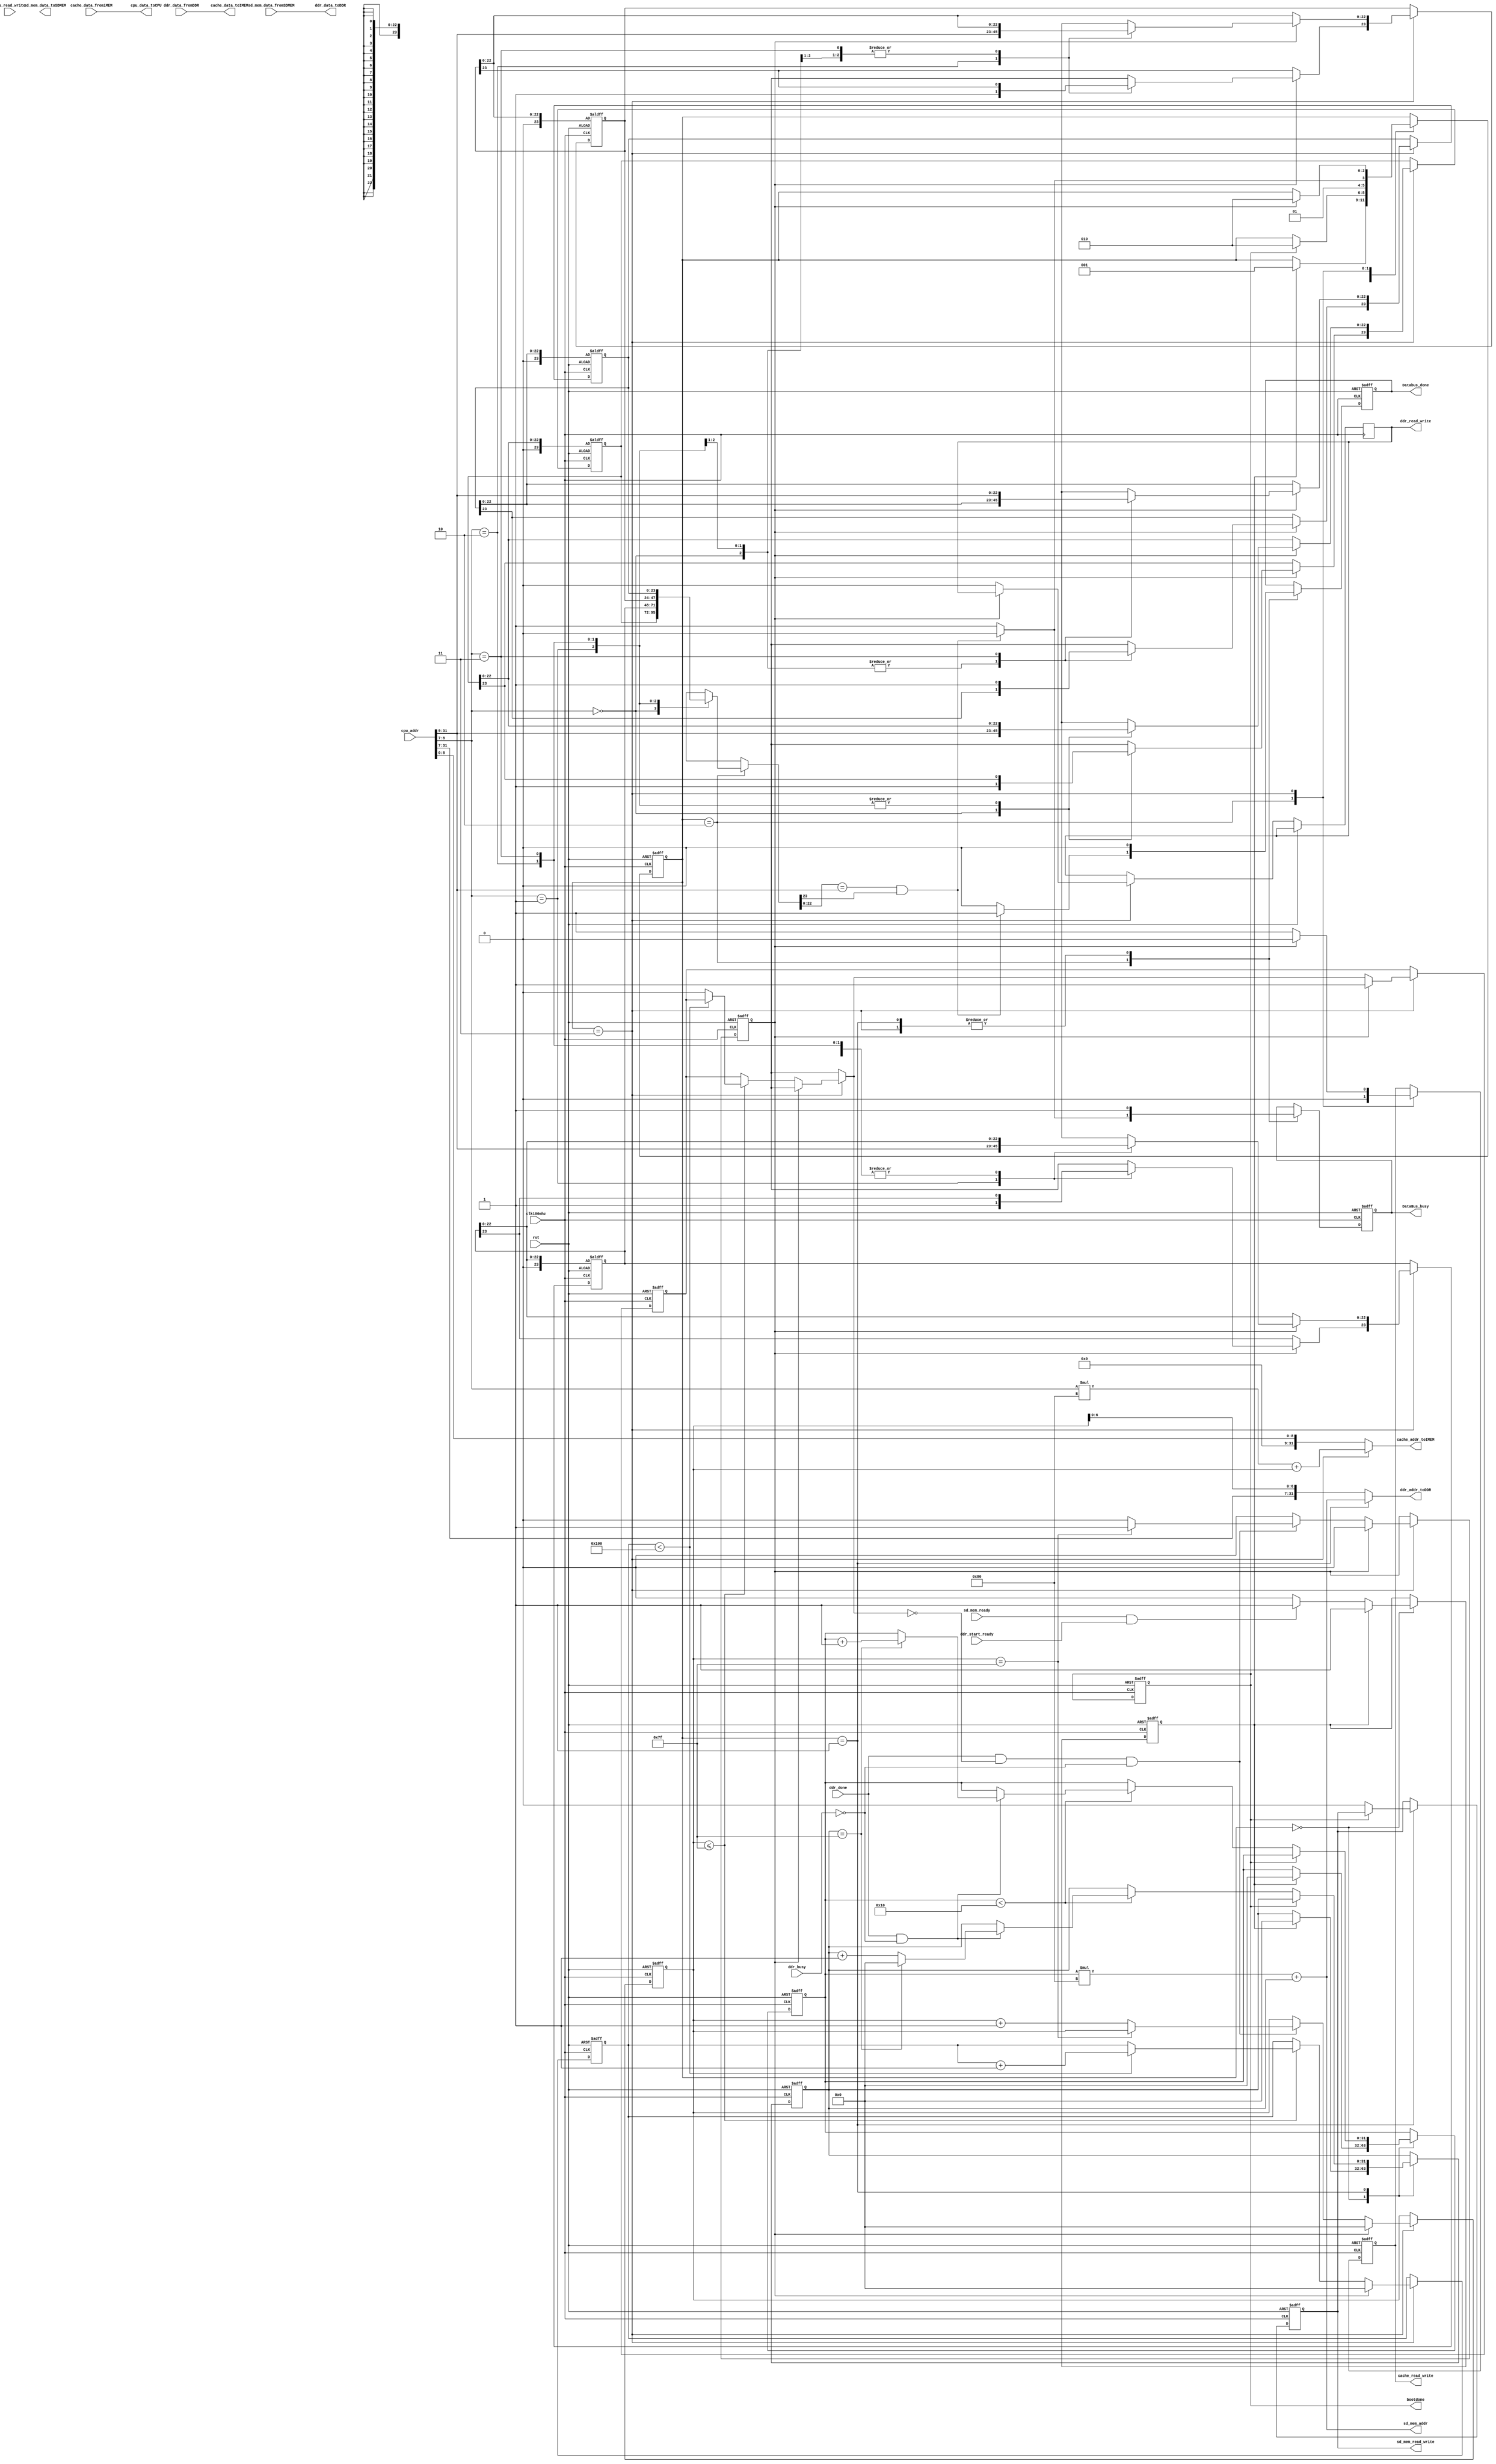
`timescale 1ns / 1ps
//////////////////////////////////////////////////////////////////////////////////
// Company: 
// Engineer: 
// 
// Design Name: 
// Module Name: DataBus
// Project Name: 
// Target Devices: 
// Tool Versions: 
// Description: 
// 
// Dependencies: 
// 
// Revision:
// Revision 0.01 - File Created
// Additional Comments:
// 
//////////////////////////////////////////////////////////////////////////////////


`define UNINTIALIZED 0
`define BOOTING 1
`define READCACHE 2
`define DDR_TO_CACHE 3
`define READ 1'b0
`define WRITE 1'b1
`define NoBusy 1'b0
`define BUSY 1'b1
`define DONE 1'b1
`define UNDONE 1'b0

module Databus(
input clk100mhz,
input rst,
input [31 : 0] cpu_addr,
input cpu_read_write,
output reg bootdone,
output [31 : 0] cpu_data_toCPU,
output reg DataBus_busy,

output reg Databus_done, 
input [31 : 0] cache_data_fromiMEM,
output [31 : 0] cache_addr_toIMEM,
output [31 : 0] cache_data_toIMEM, 
output reg cache_read_write, 
input [31 : 0] ddr_data_fromDDR,
input ddr_busy , 
input ddr_done , 
output [ 31 : 0] ddr_addr_toDDR , 
output [ 31 : 0] ddr_data_toDDR , 
output reg ddr_read_write , 
input ddr_start_ready , 
output reg sd_mem_read_write,
output [31:0] sd_mem_addr,
input [31:0] sd_mem_data_fromSDMEM,
output reg [31 : 0] sd_mem_data_toSDMEM,
input sd_mem_ready
);

reg ready_toBoot;
reg loadData_DDR_TO_CACHEDone;
reg [31 : 0] ddr_to_imem_count;
reg [31 : 0] ddr_boot_block_count;
reg [31 : 0] ddr_boot_inblock_count;
reg [23: 0] cache_status[3:0];
reg [2 : 0] cur_state;
reg is_first_to_imem_count;
reg is_first_to_ddr_count;
reg [31 : 0] bootdone_idle_count;
reg [31 : 0] ddr_to_imem_firstcell_count;

localparam BLOCK_SIZE=128;
localparam DDR_BLOCK_IN_USE=16;
localparam WAIT_IDEL_LOOP_AFTER_BOOTDONE=256;
localparam DDR_TO_IMEM_FIRSTCELL_INSISTLOOP=256;

always @(posedge clk100mhz or posedge rst)
begin
    if(rst)
    begin
    cur_state=`UNINTIALIZED;
    cache_read_write=`READ;
    ddr_to_imem_count=0;
    sd_mem_read_write=`READ;
    ddr_boot_block_count=0;
    ddr_boot_inblock_count=0;
    ready_toBoot=0;
    bootdone=0;
    loadData_DDR_TO_CACHEDone=0;
    cache_status[0][23]=0;
    cache_status[1][23]=0;
    cache_status[2][23]=0;
    cache_status[3][23]=0;
    is_first_to_ddr_count=1'b1;
    is_first_to_imem_count=1'b1;
    bootdone_idle_count=0;
    ddr_to_imem_firstcell_count=0;
    Databus_done=`UNDONE;
    DataBus_busy=`BUSY;
    end
    else
    begin
    case(cur_state)
        `UNINTIALIZED:
        begin
        if(ready_toBoot)
            begin
            ddr_boot_block_count=0;
            ddr_boot_inblock_count=0;
            cur_state=`BOOTING;
            end
        else if(sd_mem_ready&ddr_start_ready)
            begin
            ready_toBoot=1;
            end
        end

        `BOOTING:
        begin
        DataBus_busy=`BUSY;
        Databus_done=`UNDONE;
        if(bootdone)
        begin
            cur_state=`READCACHE;
        end
        else
        begin
            sd_mem_read_write=`READ;
            is_first_to_ddr_count=0;
            if(ddr_boot_block_count<DDR_BLOCK_IN_USE&~is_first_to_ddr_count)
            begin
                if(ddr_done&~ddr_busy)
                begin
                    if(ddr_boot_inblock_count==BLOCK_SIZE-1)
                    begin
                        ddr_boot_inblock_count=0;
                        ddr_boot_block_count=ddr_boot_block_count+1;
                    end
                    else
                    begin
                        ddr_boot_inblock_count=ddr_boot_inblock_count+1;
                    end
                end

            end

        end
        end

        `READCACHE:
        begin
            cache_read_write=`READ;
            //read cache
            if(cache_status[cpu_addr[8:7]][22:0]==cpu_addr[31:9]
                &cache_status[cpu_addr[8:7]][23]==1'b1)
            //cache 
            begin
                DataBus_busy=`NoBusy;
                Databus_done=`DONE;
                cur_state=`READCACHE;

            end
            else//cache 
            begin
                cur_state=`DDR_TO_CACHE;
                DataBus_busy=`BUSY;
                Databus_done=`UNDONE;                
            end
        end

        `DDR_TO_CACHE:
        begin
            DataBus_busy=`BUSY;
            Databus_done=`UNDONE;
            if(loadData_DDR_TO_CACHEDone)
            begin
                loadData_DDR_TO_CACHEDone= `UNDONE;
                cache_status[cpu_addr[8:7]][22:0]=cpu_addr[31:9];
                cache_status[cpu_addr[8:7]][23]=1'b1;
                cache_read_write=`READ;
                cur_state=`READCACHE;
                is_first_to_imem_count=1'b1;
                ddr_to_imem_firstcell_count=0;
                ddr_to_imem_count=0;
                
            end
            else//ddr-->cache(imem)
            begin
                cache_read_write=`WRITE;
                ddr_read_write=`READ;
                if(ddr_to_imem_count<=BLOCK_SIZE-1)
                begin
                    if(ddr_to_imem_firstcell_count < DDR_TO_IMEM_FIRSTCELL_INSISTLOOP)
                    begin
                        ddr_to_imem_firstcell_count=ddr_to_imem_firstcell_count+1;
                    end
                    else
                    begin 
                        is_first_to_imem_count=0;
                    end
                   
                end

                
                if(ddr_done&~is_first_to_imem_count&~ddr_busy)
                begin   
                    if(ddr_to_imem_count==BLOCK_SIZE-1)//
                    begin
                        loadData_DDR_TO_CACHEDone=`DONE;
                    end
                    else
                    begin
                        ddr_to_imem_count=ddr_to_imem_count+1;
                    end
                end
            end


        end
   
    endcase
end
end

assign ddr_addr_toDDR=
            (cur_state==`BOOTING)?
            ddr_boot_block_count*BLOCK_SIZE+ddr_boot_inblock_count:
            {cpu_addr[31:7],ddr_to_imem_count[6:0]};
assign sd_mem_addr=ddr_boot_block_count*BLOCK_SIZE+ddr_boot_inblock_count;

assign cache_addr_toIMEM=
            (cur_state== `DDR_TO_CACHE)?
            cpu_addr[8:7]*BLOCK_SIZE+ddr_to_imem_count:cpu_addr[8:0];
//cpu_addr [8:7]- [6:0]-
assign cache_data_toIMEM=ddr_data_fromDDR;
assign cpu_data_toCPU=cache_data_fromiMEM;
assign ddr_data_toDDR=sd_mem_data_fromSDMEM;

endmodule